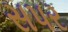
સપર